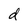
Character: d